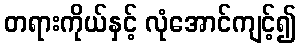
တရားကိုယ်နှင့် လုံအောင်ကျင့်၍